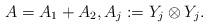
LaTeX: \begin{align*}A = A_1 + A_2, A_j := Y_j \otimes Y_j.\end{align*}